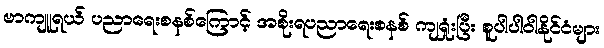
ဗာကျူရယ် ပညာရေးစနစ်ကြောင့် အစိုးရပညာရေးစနစ် ကျရှုံးပြီး စူပါပါဝါနိုင်ငံများ